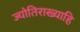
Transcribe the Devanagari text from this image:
ज्योतिराख्याहि